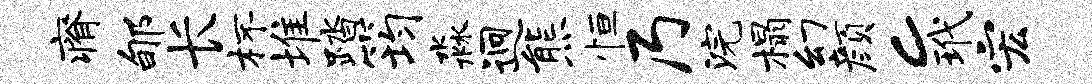
瘠郇长杯堆踏筠淼迥熊恒乃浣榻幻颜c玳宏